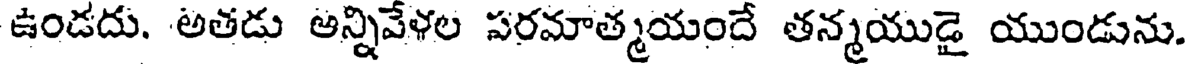
ఉండదు. అతడు అన్నివేళల పరమాత్మయందే తన్మయుడై యుండును.